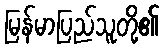
မြန်မာပြည်သူတို့၏